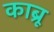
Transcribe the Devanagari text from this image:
काब्रू